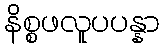
နိစ္စဖလူပပန္နာ